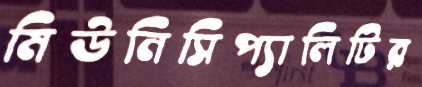
মিউনিসিপ্যালিটির